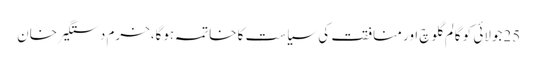
25جولائی کو گالم گلوچ اور منافقت کی سیاست کا خاتمہ ہوگا،خرم دستگیر خان